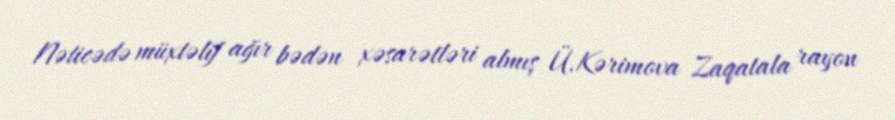
Nəticədə müxtəlif ağır bədən xəsarətləri almış Ü.Kərimova Zaqatala rayon